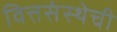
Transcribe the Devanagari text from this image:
वित्तसंस्थेची